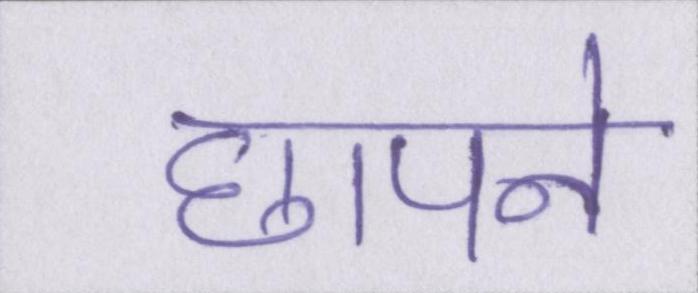
छापने